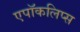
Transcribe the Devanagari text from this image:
एपॉकलिप्स